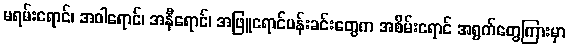
မရမ်းရောင်၊ အဝါရောင်၊ အနီရောင်၊ အဖြူရောင်ပန်းခင်းတွေက အစိမ်းရောင် အရွက်တွေကြားမှာ